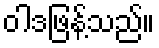
ဝါဒဖြန့်သည်။